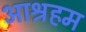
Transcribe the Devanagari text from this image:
आश्रहम